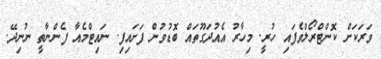
ވަރަކަށް ކޮންޓްރޯލްވެފައި ހުރީ. މިހާރު އެއުދަގޫތައް ބޮޑުވުން ފަށައިފި. ނައިޓްމެއާ ފެންނާތީ ނުނިދޭ.